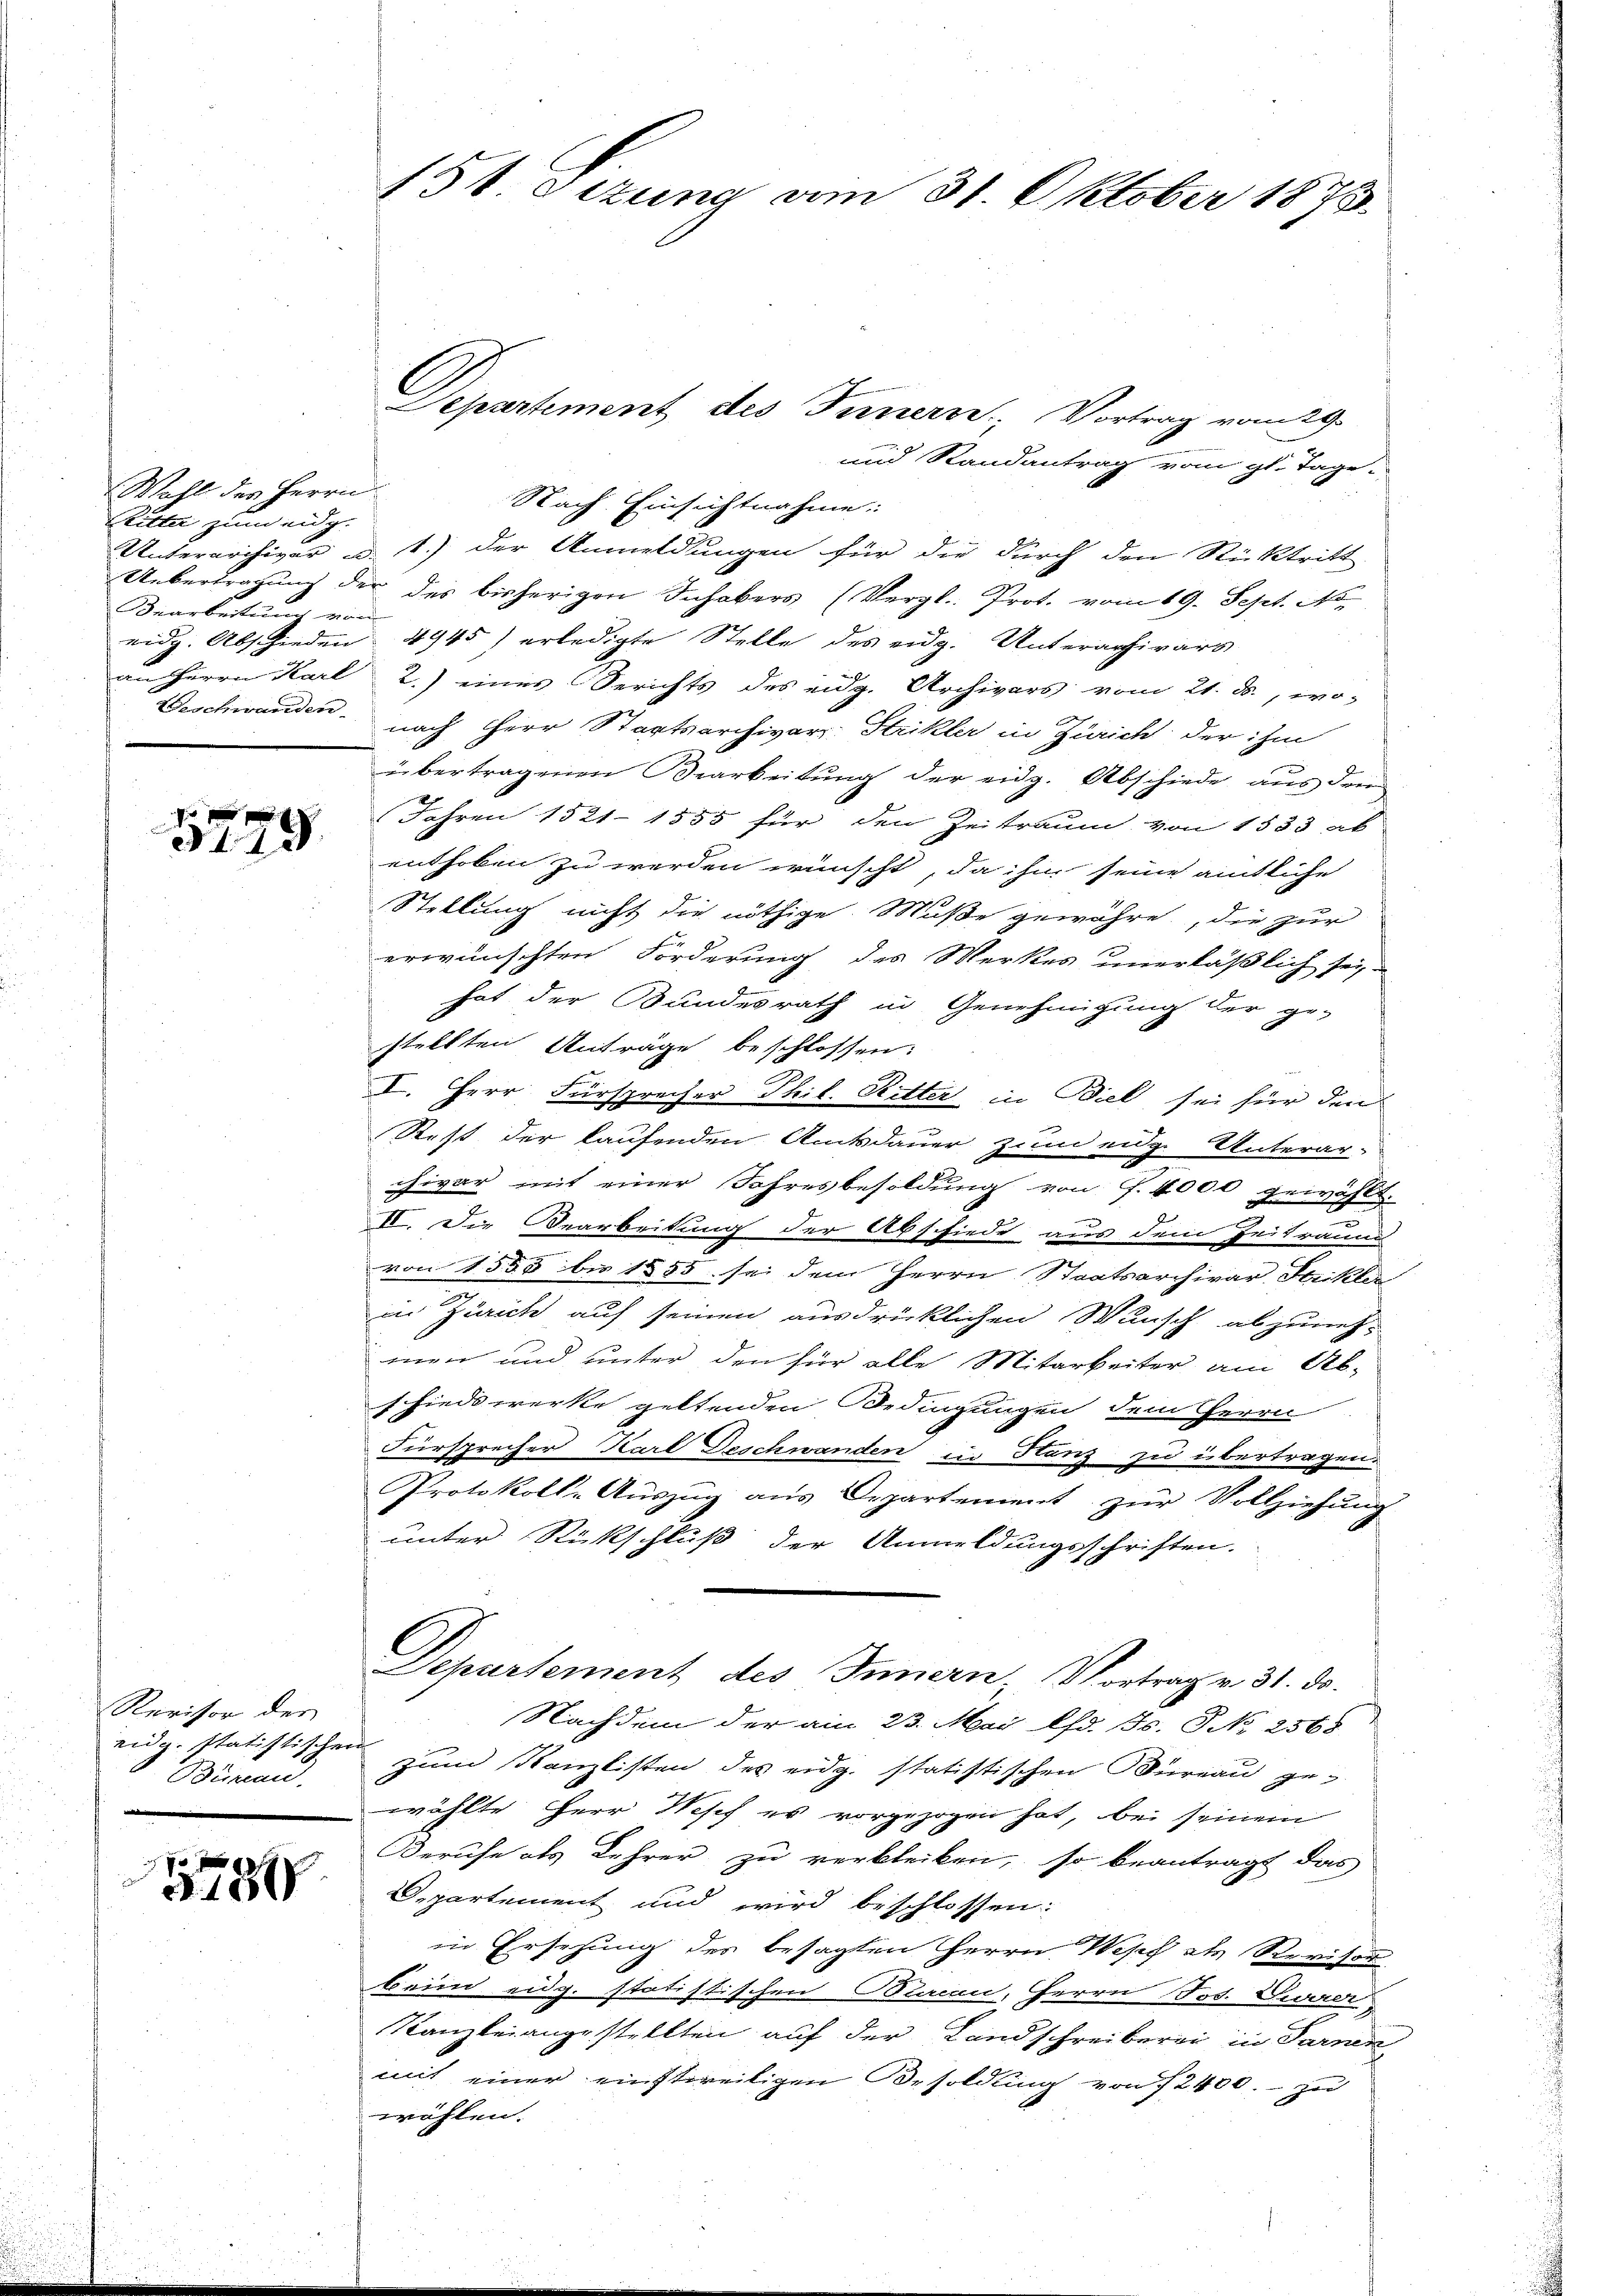
Wahl des Herrn
litter zum eidg.
Bearbeitung von
an Herrn Karl

5779.

Revisor der
eidg. statistischen
Büren.

70
3 189

151 Sizung am 31. Oktober 1875.

und Randantrag vom gl. Tage
Nach Einsichtnahme:
Unterarchivar d. 1.) der Anmeldungen für die durch den Rücktritt
Uebertragung der des bisherigen Inhabers (Vergl. Prot. vom 19. Sept. No.
eidg. Abschieden 4945) erledigte Stelle des eidg. Unterachivars
2.) eines Berichts des eidg. Archivars vom 21. ds., wo-
Beschwanden nach Herr Staatsarchivar-Strikler in Zürich der ihm
übertragenen Bearbeitung der eidg. Abschiede aus drei
Jahren 1521-1555 für den Zeitraum von 1533 ab
enthoben zu werden wünscht, da ihm seine amtliche
Stellung nicht die nöthige Muße gewähre, die zur
erwünschten Förderung des Werkes unerläßlich sei
hat der Bundesrath in Genehmigung der ge-
stellten Anträge beschlossen:
I. Herr Fürsprecher Thil. Ritter in Biel sei für den
Rest der laufenden Amtsdauer zum eidg. Unterar-
chivar mit einer Jahresbesoldung von S. 4000 gewähl
II. Die Bearbeitung der Absfiede aus dem Zeitraums
von 1555 bis 1855 sei dem Herrn Staatsarchivar Stickler
in Zürich auf seinen ausdrücklichen Wunsch abzuneh-
men und unter den für alle Mitarbeiter am Ab-
schieds werke geltenden Bedingungen dem Herrn
Fürsprecher Karl Deschwanden in Stanz zu übertragen.
Protokoll-Auszug aus Departement zur Vollziehung
unter Rückschluß der Anmeldungsschriften.
Departement des Innern, Vortrag v. 31. ds.
Nachdem der am 23. Mai lfd. Js. No 2568.
zum Kanzlisten des eidg. statistischen Bureau gewählte Herr Wosch es vorgezogen hat, bei seinem
Berufe als Lehrer zu verbleiben, so beantragt das
Departement und wird beschlossen:
in Ersezung des besagten Herrn Wipf als Revisor
beim eidg. statistischen Bureau, Herrn Jos. Durrer
Kanzleiangestellten auf der Landschreiberei in Sarnen
mit einer einstweiligen Besoldung von 7 2400. zu
wählen.

Departement des Innern, Vortrag vom 29.